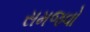
સમજવો